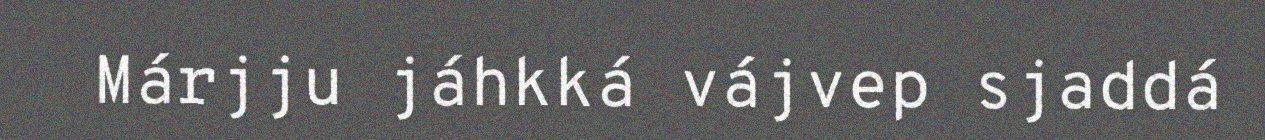
Márjju jáhkká vájvep sjaddá